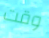
وقت